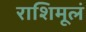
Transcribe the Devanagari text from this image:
राशिमूलं